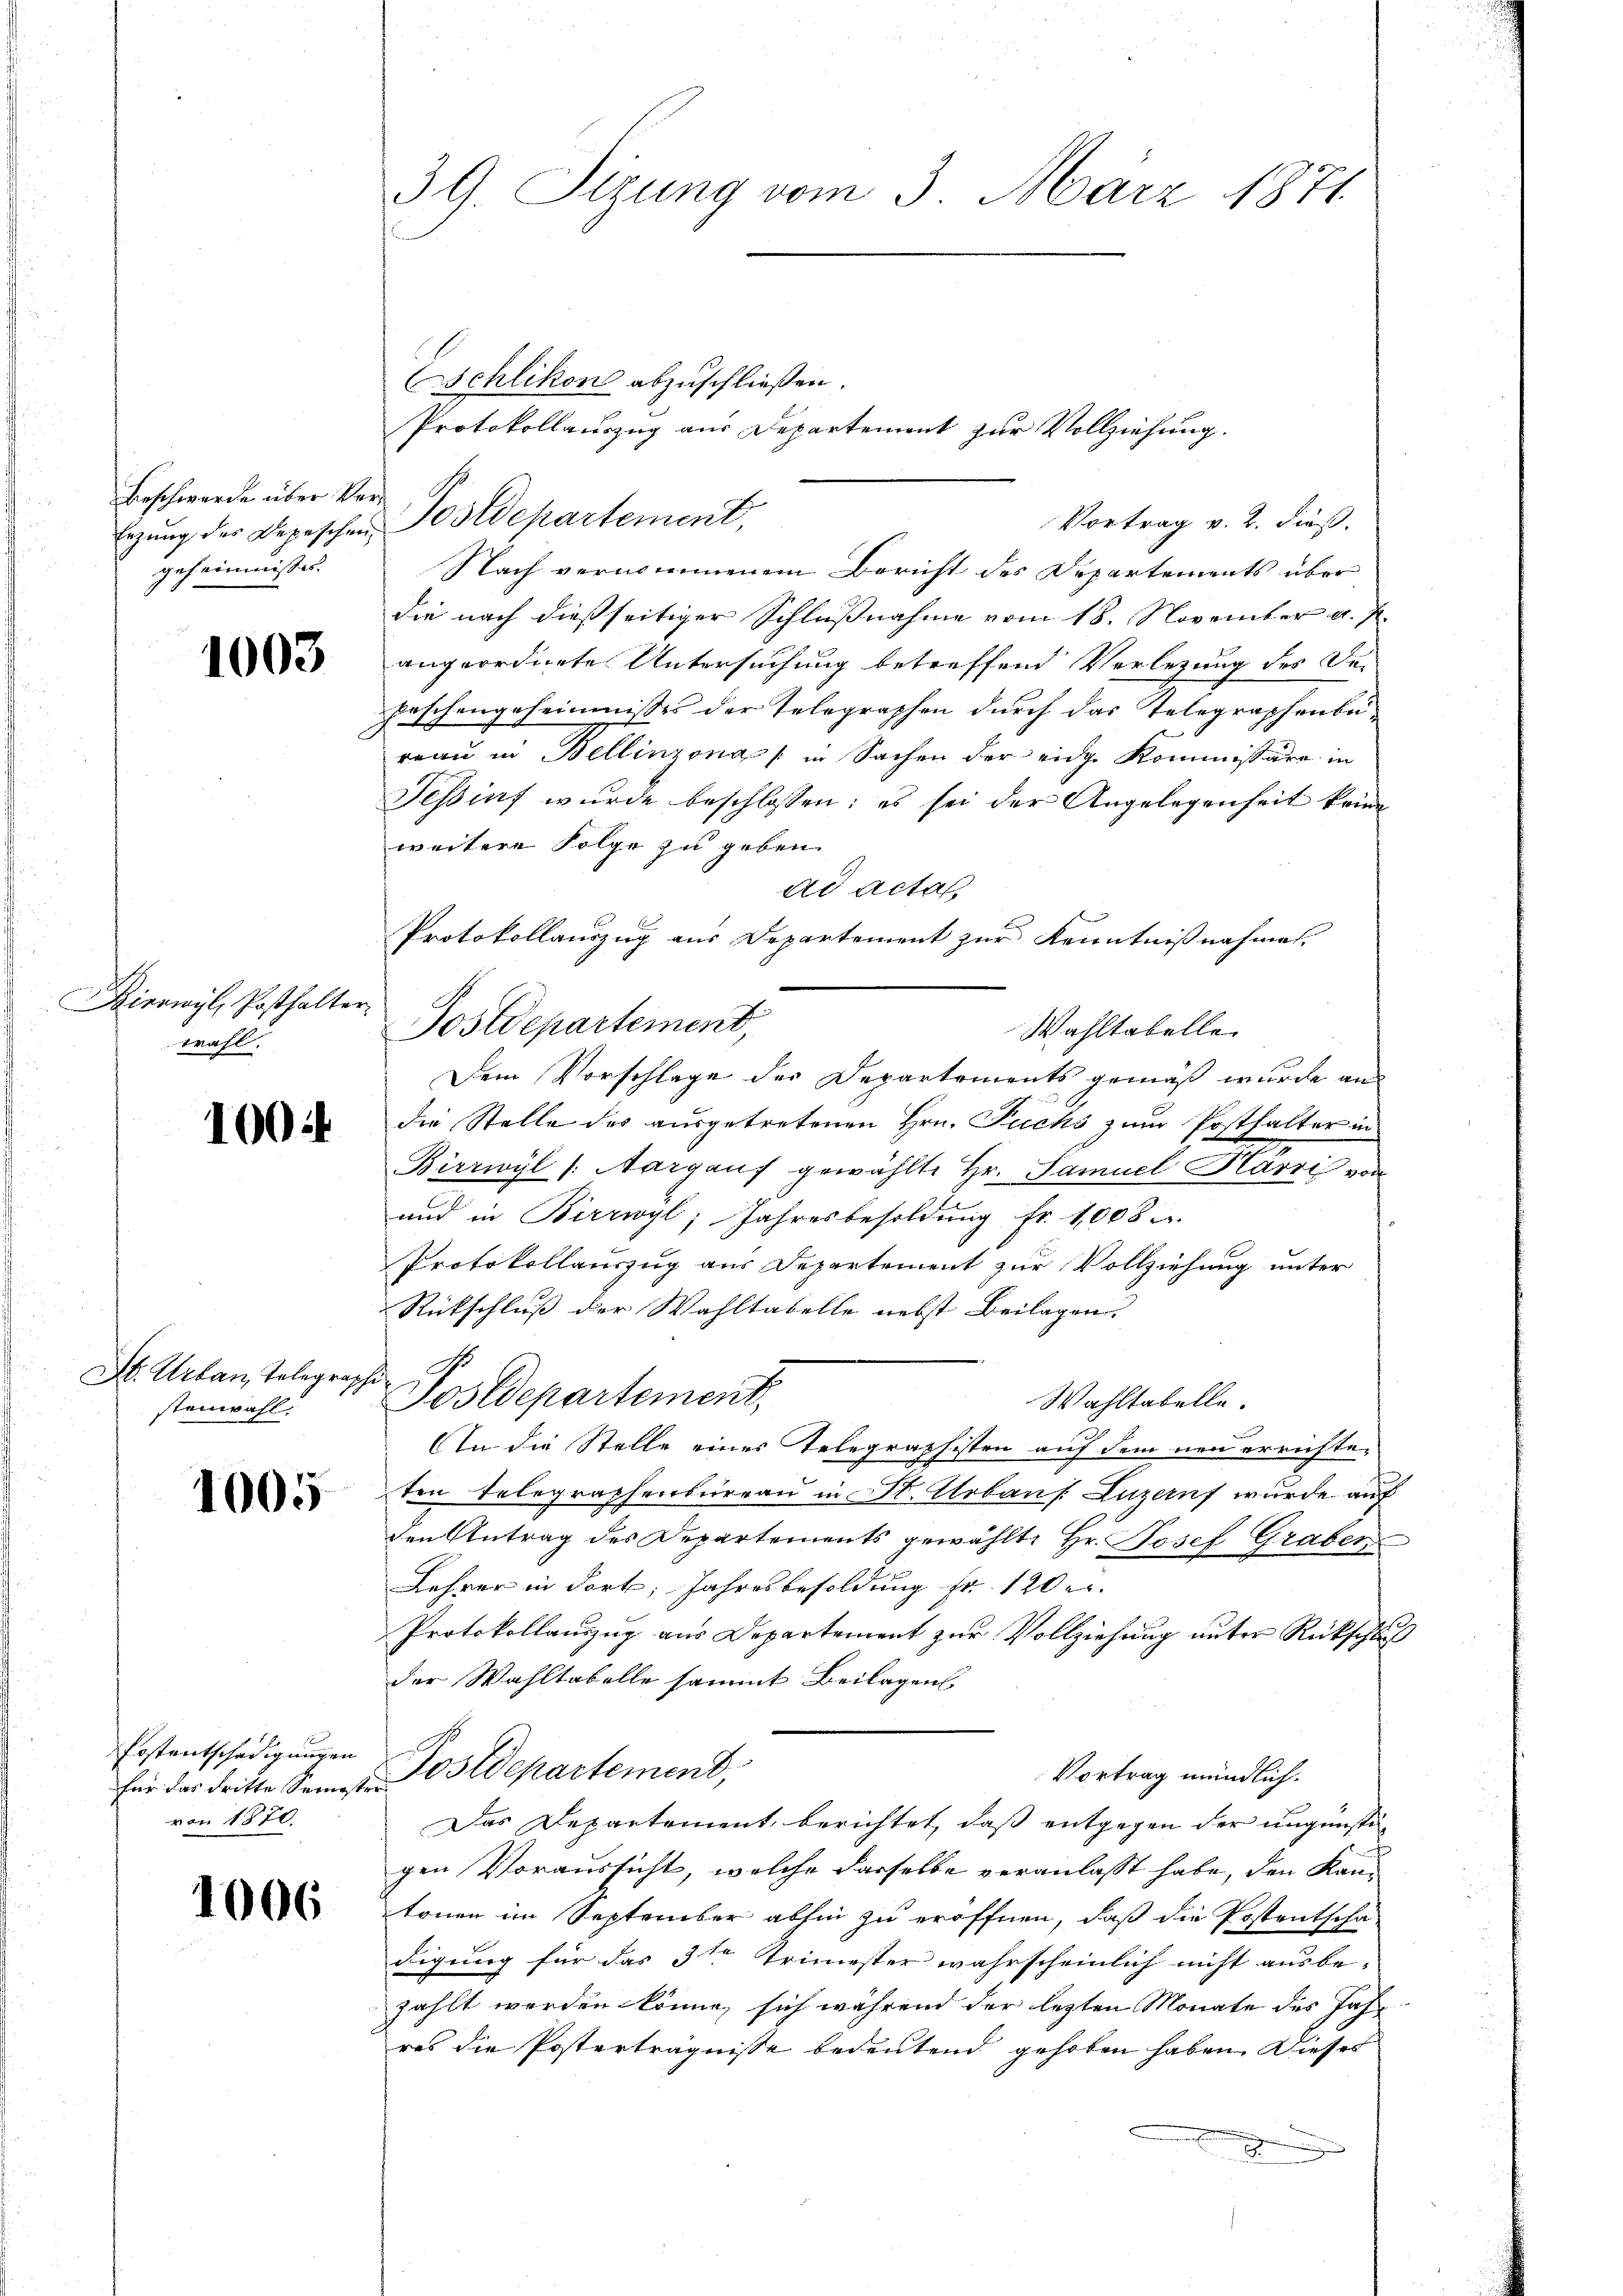
Beschwerde über Vergeheimnisses.

1003

Bierwyl, Posthalter
wahl,

1004

St. Urban, Telegraphi
stenwahl.

1005

Kostentschädigungen
von 1870.

1006

Eschlikon abzuschließen.
Protokollauszug aus Departement zur Vollziehung.
Vortrag v. 2. dieß.
Nach vernommenem Bericht des Departements über
die nach dießseitiger Schlußnahme vom 18. November v. J.
angeordnete Untersuchung betreffend Verlegung des De-
Paschengeheimnisses der Telegraphen durch das Telegraphenbe-
reau in Bellinzona in Sachen der eidge Kommissäre in
Tessint wurde beschlossen: es sei der Angelegenheit keine
weitere Folge zu geben.
ad Acta,
Protokollauszug aus Departement zur Kenntnißnahmen.
Postdepartement,
Wahltabelle
Dem Vorschlage der Departements gemäß wurde ans
die Stelle des ausgetretenen Hrn. Puchs zum Posthalter in
Birrwyl (Aargauf gewählte Hr. Samuel Harri von
und in Birrwyl, Jahresbesoldung fr. 1008
Protokollauszug aus Departement zur Vollziehung unter
Rückschluß der Wahltabelle nebst Beilagen.
Postdepartement,
Wahltabelle
An die Stelle eines Telegraphisten auf dem neu errichteten Telegraphenbureau in St. Urbans. Luzenf wurde auf
den Antrag des Departements gewählte Hr. Josef Graben
Lehrer in dort Jahresbesoldung fr. 120 e
Protokollauszug aus Departement zur Vollziehung unter Rückschluß
der Wahltabelle sammt Beilagens
Vortrag mündlich.
für das dritte Semeste Postdepartement,
Das Departement berichtet, daß entgegen der ungünstigen Voraussicht, welche dasselbe veranlasst habe, den Kantonen im September abhin zu eröffnen, daß die Postentscha
digung für das 3te Trimester wahrscheinlich nicht ausbe-
zählt werden könne, sich während der letzten Monate des Jahr
res die Posterträgnisse bedeutend gehoben haben. Dieses

39. Sizung vom 3. März 1871

Ergŭng des Depeschen Postdepartement,